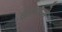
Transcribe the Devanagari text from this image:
ब्रानने